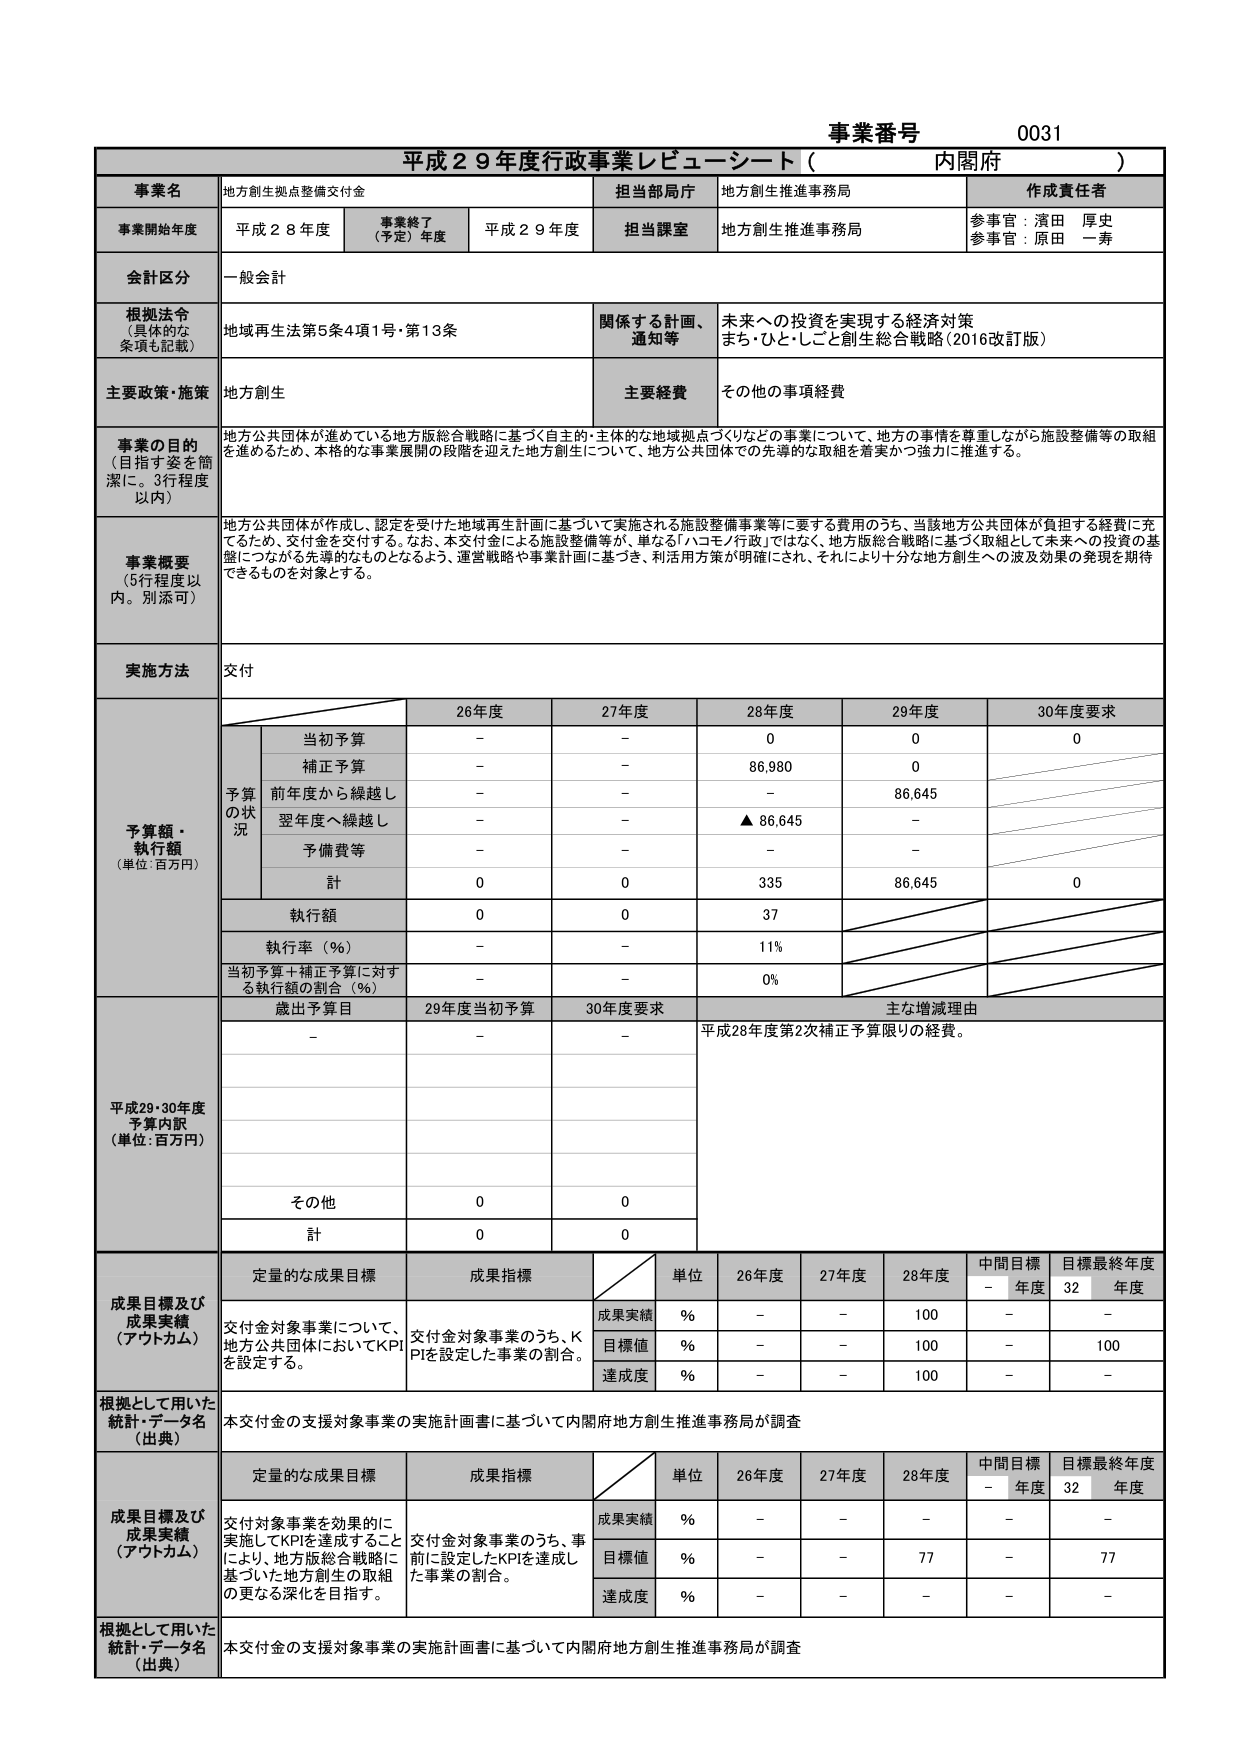
事業番号 0031
平成29年度行政事業レビューシート（内閣府）

事業名 地方創生拠点整備交付金
担当部局庁 地方創生推進事務局
作成責任者
参事官：濱田 厚史
参事官：原田 一寿

事業開始年度 平成28年度
事業終了（予定）年度 平成29年度
担当課室 地方創生推進事務局

会計区分 一般会計

根拠法令（具体的な条項も記載） 地域再生法第5条4項1号・第13条
関係する計画、通知等 未来への投資を実現する経済政策 まち・ひと・しごと創生総合戦略（2016改訂版）

主要政策・施策 地方創生
主要経費 その他の事項経費

事業の目的（目指す姿を簡潔に。3行程度以内）
地方公共団体が進めている地方版総合戦略に基づく自主的・主体的な地域拠点づくりなどの事業について、地方の事情を尊重しながら施設整備等の取組を進めるため、本格的な事業展開の段階を迎えた地方創生について、地方公共団体での先導的な取組を着実かつ強力に推進する。

事業概要（5行程度以内。別添可）
地方公共団体が作成し、認定を受けた地域再生計画に基づいて実施される施設整備事業等に要する費用のうち、当該地方公共団体が負担する経費に充てるため、交付金を交付する。なお、本交付金による施設整備等が、単なる「ハコモノ行政」ではなく、地方版総合戦略に基づく取組として未来への投資の基盤につながる先導的なものとなるよう、運営戦略や事業計画に基づき、利活用方策が明確にされ、それにより十分な地方創生への波及効果の発現を期待できるものを対象とする。

実施方法 交付

予算額・執行額（単位：百万円）